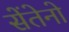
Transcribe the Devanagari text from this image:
सेंतेनो